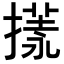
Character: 𢳌